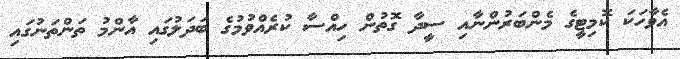
އެވާހަކަ ކޮމިޓީގެ މެންބަރުންނާއި ސީދާ ގޮތުން ހިއްސާ ކުރެއްވުމުގެ ބަދަލުގައި އާންމު ތަންތަނުގައި